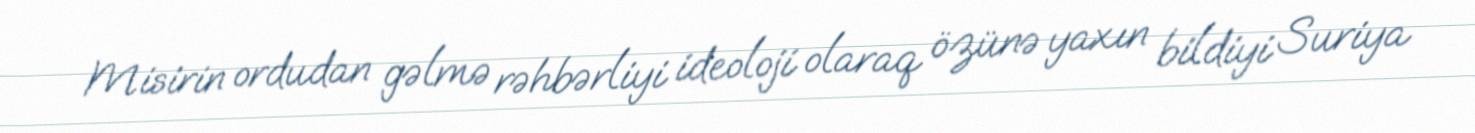
Misirin ordudan gəlmə rəhbərliyi ideoloji olaraq özünə yaxın bildiyi Suriya